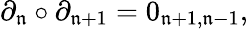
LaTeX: \partial_{\mathfrak{n}}\circ\partial_{\mathfrak{n}+1}=0_{\mathfrak{n}+1,\mathfrak{n}-1},